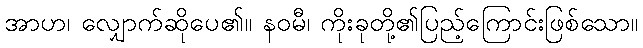
အာဟ၊ လျှောက်ဆိုပေ၏။ နဝမီ၊ ကိုးခုတို့၏ပြည့်ကြောင်းဖြစ်သော။